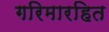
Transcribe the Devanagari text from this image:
गरिमारहित